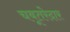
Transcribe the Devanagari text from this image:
चबूतरेदार